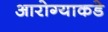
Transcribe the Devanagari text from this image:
आरोग्याकडे